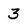
Character: 3